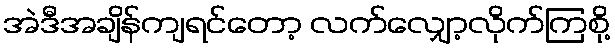
အဲဒီအချိန်ကျရင်တော့ လက်လျှော့လိုက်ကြစို့